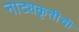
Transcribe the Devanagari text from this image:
नाट्यकृतींची